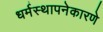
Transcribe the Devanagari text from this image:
धर्मस्थापनेकारणे